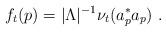
LaTeX: \begin{align*}f_t(p) = |\Lambda|^{-1 } {\nu_t ( a_p^* a_p )} \ . \end{align*}